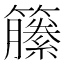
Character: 籘